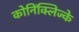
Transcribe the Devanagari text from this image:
कोनिंक्लिज्के